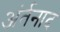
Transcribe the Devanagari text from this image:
अंर्तनाद